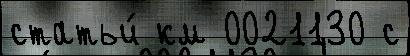
статьи́ км 0021130 с